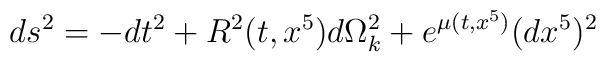
ds^2=-dt^2 + R^2(t,x^5)d\Omega^2_k + e^{{\mu}(t,x^5)} (dx^5)^2